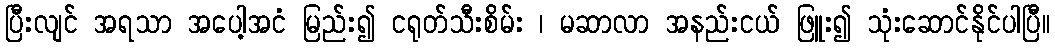
ပြီးလျင် အရသာ အပေါ့အငံ မြည်း၍ ငရုတ်သီးစိမ်း ၊ မဆာလာ အနည်းငယ် ဖြူး၍ သုံးဆောင်နိုင်ပါပြီ။